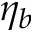
\eta _ { b }